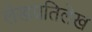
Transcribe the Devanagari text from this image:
लेखप्रतिलेख